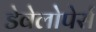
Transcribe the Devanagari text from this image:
डेवेलोपेर्स